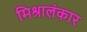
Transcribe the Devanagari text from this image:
मिश्रालंकार